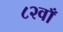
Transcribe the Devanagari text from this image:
८२वाँ